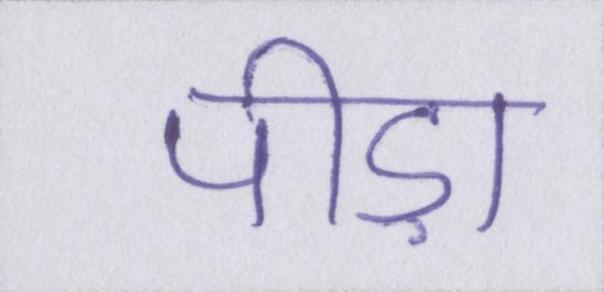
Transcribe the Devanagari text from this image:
पीड़ा